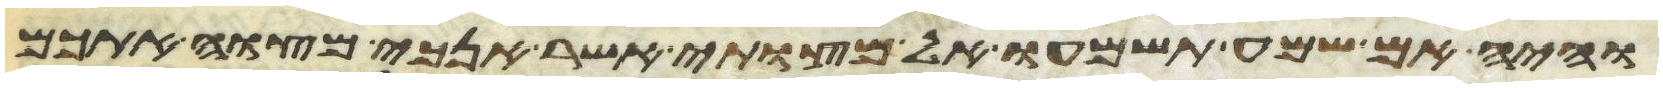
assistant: והיה אם שמע תשמעו אל מצותי אשר אנכי מצוה אתכם